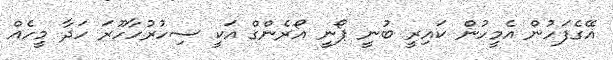
އޭގެފަހުން އެމީހުން ކައިރީ ބުނީ ޕޯނީ އޯރެންގް އަކީ ސިހުރުހާހޫރަ ހަދާ މީހެއް